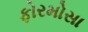
ફોરમોસા